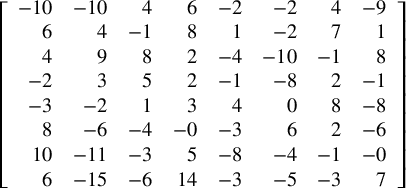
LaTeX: \left[ { \begin{array} { r r r r r r r r } { - 1 0 } & { - 1 0 } & { 4 } & { 6 } & { - 2 } & { - 2 } & { 4 } & { - 9 } \\ { 6 } & { 4 } & { - 1 } & { 8 } & { 1 } & { - 2 } & { 7 } & { 1 } \\ { 4 } & { 9 } & { 8 } & { 2 } & { - 4 } & { - 1 0 } & { - 1 } & { 8 } \\ { - 2 } & { 3 } & { 5 } & { 2 } & { - 1 } & { - 8 } & { 2 } & { - 1 } \\ { - 3 } & { - 2 } & { 1 } & { 3 } & { 4 } & { 0 } & { 8 } & { - 8 } \\ { 8 } & { - 6 } & { - 4 } & { - 0 } & { - 3 } & { 6 } & { 2 } & { - 6 } \\ { 1 0 } & { - 1 1 } & { - 3 } & { 5 } & { - 8 } & { - 4 } & { - 1 } & { - 0 } \\ { 6 } & { - 1 5 } & { - 6 } & { 1 4 } & { - 3 } & { - 5 } & { - 3 } & { 7 } \end{array} } \right]